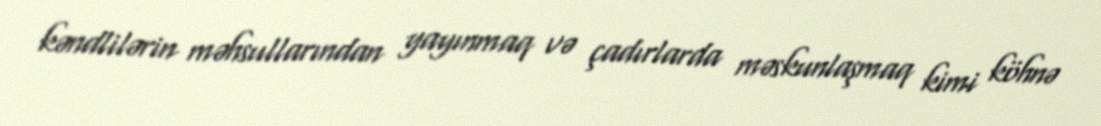
kəndlilərin məhsullarından yayınmaq və çadırlarda məskunlaşmaq kimi köhnə